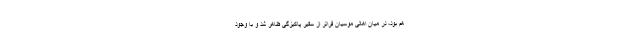
هم بود، در میان اهالی موسیان فراتر از سفیر پاکیزگی ظاهر شد و با وجود